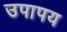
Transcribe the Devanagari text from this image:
उपापय